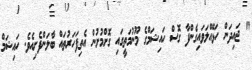
" ޖައިދަން ހަޅޭއްލަވައިގެންފާ ގޮސް ހައިޝަމްގެ މޫނުމަތީގައި ގޮށްމުށުން އެތިފަހަރުތައް ބާލަންފެށިއެވެ. ހައިޝަމް